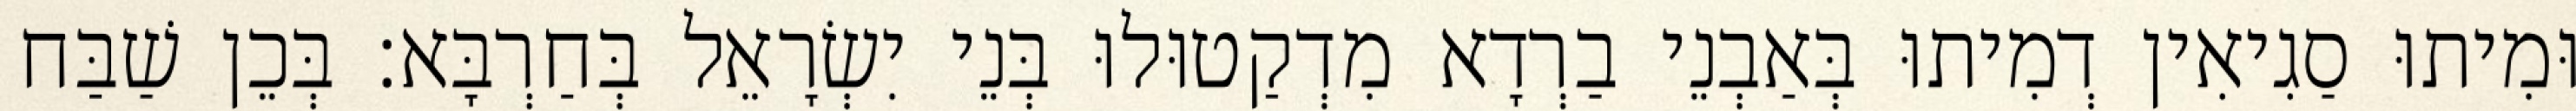
וּמִיתוּ סַגִיאִין דְמִיתוּ בְּאַבְנֵי בַרְדָא מִדְקַטוּלוּ בְּנֵי יִשְׂרָאֵל בְּחַרְבָּא׃ בְּכֵן שַׁבַּח